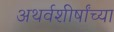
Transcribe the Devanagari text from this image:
अथर्वशीर्षांच्या